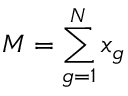
M = \sum _ { g = 1 } ^ { N } x _ { g }